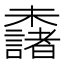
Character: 𣠖